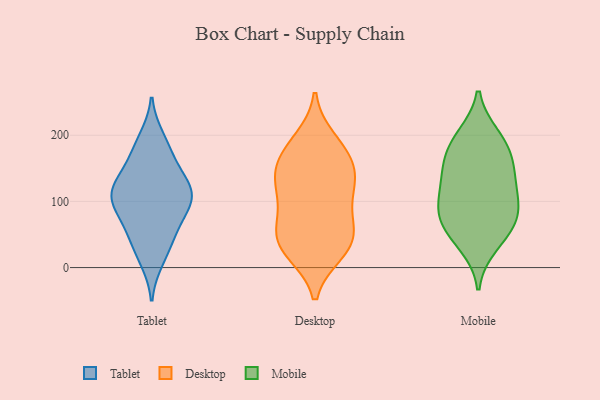
{"axis": {"x": "Latency (ms)", "y": "Value"}, "legend": ["Desktop", "Mobile", "Tablet"], "data": [{"x": "", "y": 22, "type": "Tablet"}, {"x": "", "y": 54, "type": "Tablet"}, {"x": "", "y": 110, "type": "Tablet"}, {"x": "", "y": 115, "type": "Tablet"}, {"x": "", "y": 99, "type": "Tablet"}, {"x": "", "y": 120, "type": "Tablet"}, {"x": "", "y": 88, "type": "Tablet"}, {"x": "", "y": 195, "type": "Tablet"}, {"x": "", "y": 113, "type": "Tablet"}, {"x": "", "y": 186, "type": "Tablet"}, {"x": "", "y": 60, "type": "Tablet"}, {"x": "", "y": 139, "type": "Tablet"}, {"x": "", "y": 96, "type": "Tablet"}, {"x": "", "y": 151, "type": "Tablet"}, {"x": "", "y": 168, "type": "Tablet"}, {"x": "", "y": 52, "type": "Tablet"}, {"x": "", "y": 12, "type": "Tablet"}, {"x": "", "y": 112, "type": "Tablet"}, {"x": "", "y": 180, "type": "Desktop"}, {"x": "", "y": 87, "type": "Desktop"}, {"x": "", "y": 138, "type": "Desktop"}, {"x": "", "y": 36, "type": "Desktop"}, {"x": "", "y": 192, "type": "Desktop"}, {"x": "", "y": 39, "type": "Desktop"}, {"x": "", "y": 154, "type": "Desktop"}, {"x": "", "y": 167, "type": "Desktop"}, {"x": "", "y": 116, "type": "Desktop"}, {"x": "", "y": 59, "type": "Desktop"}, {"x": "", "y": 28, "type": "Desktop"}, {"x": "", "y": 136, "type": "Desktop"}, {"x": "", "y": 116, "type": "Desktop"}, {"x": "", "y": 61, "type": "Desktop"}, {"x": "", "y": 24, "type": "Desktop"}, {"x": "", "y": 136, "type": "Mobile"}, {"x": "", "y": 58, "type": "Mobile"}, {"x": "", "y": 58, "type": "Mobile"}, {"x": "", "y": 35, "type": "Mobile"}, {"x": "", "y": 83, "type": "Mobile"}, {"x": "", "y": 138, "type": "Mobile"}, {"x": "", "y": 90, "type": "Mobile"}, {"x": "", "y": 193, "type": "Mobile"}, {"x": "", "y": 88, "type": "Mobile"}, {"x": "", "y": 198, "type": "Mobile"}, {"x": "", "y": 114, "type": "Mobile"}, {"x": "", "y": 160, "type": "Mobile"}, {"x": "", "y": 173, "type": "Mobile"}]}